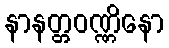
နာနတ္တဝဏ္ဏိနော